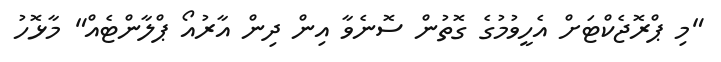
"މި ޕްރޮޖެކްޓަށް އެހީވުމުގެ ގޮތުން ސޮނެވާ އިން ދިން އާރުއޯ ޕްލާންޓެއް" މާޅޮހު